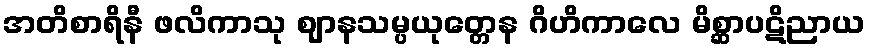
အတိစာရိနီ ဖလိကာသု ဈာနသမ္ပယုတ္တေန ဂိဟိကာလေ မိစ္ဆာပဋိညာယ